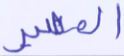
المصير